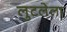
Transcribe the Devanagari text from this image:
लुटलेला